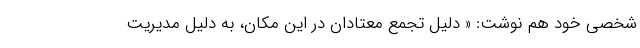
شخصی خود هم نوشت:‌ « دلیل تجمع معتادان در این مکان، به دلیل مدیریت